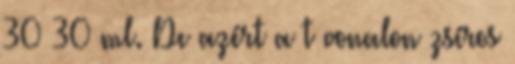
30 30 ml. De azért a t vonalon zsíros